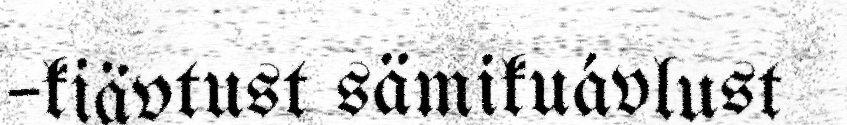
–kiävtust sämikuávlust